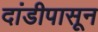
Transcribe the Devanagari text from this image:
दांडीपासून